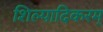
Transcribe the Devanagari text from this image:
शिल्पादिकरम्